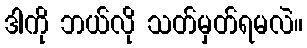
ဒါကို ဘယ်လို သတ်မှတ်ရမလဲ။